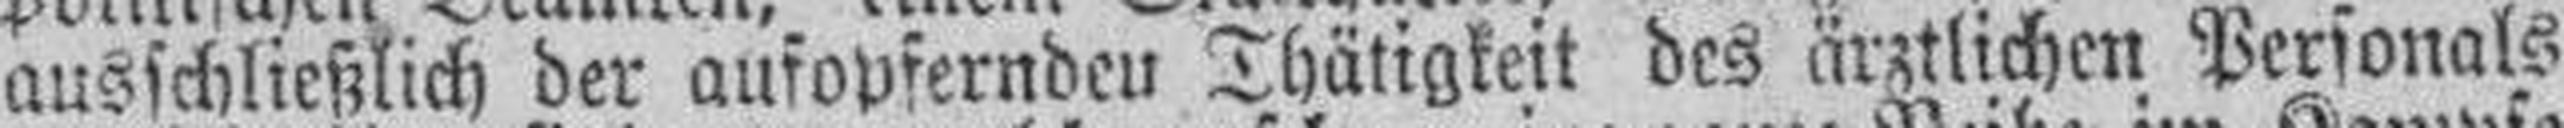
ausschließlich der aufopfernden Thätigkeit des ärztlichen Personals